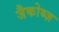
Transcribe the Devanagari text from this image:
जैकोब्ज़